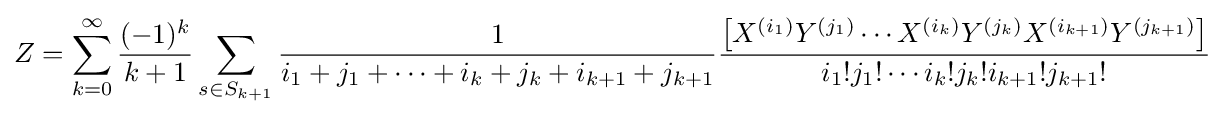
Z=\sum _{k=0}^{\infty }{\frac {(-1)^{k}}{k+1}}\sum _{s\in S_{k+1}}{\frac {1}{i_{1}+j_{1}+\cdots +i_{k}+j_{k}+i_{k+1}+j_{k+1}}}{\frac {\left[X^{(i_{1})}Y^{(j_{1})}\cdots X^{(i_{k})}Y^{(j_{k})}X^{(i_{k+1})}Y^{(j_{k+1})}\right]}{i_{1}!j_{1}!\cdots i_{k}!j_{k}!i_{k+1}!j_{k+1}!}}